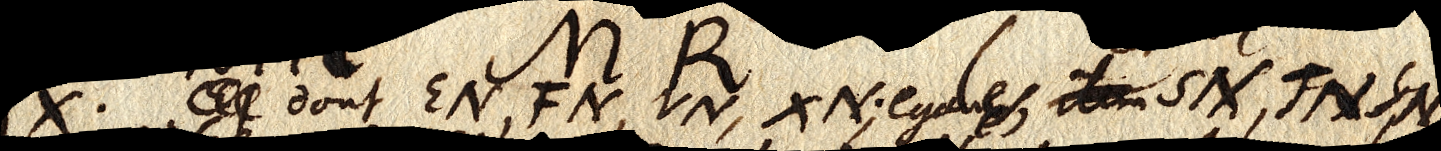
X. dont EN, FN, VN, XN; égaux, item SIX, FN, SN